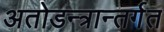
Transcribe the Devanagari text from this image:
अतोडन्त्रान्तर्गत